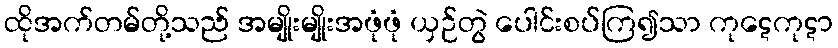
ထိုအက်တမ်တို့သည် အမျိုးမျိုးအဖုံဖုံ ယှဉ်တွဲ ပေါင်းစပ်ကြ၍သာ ကုဋေကုဋာ